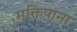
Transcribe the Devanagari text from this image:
मुक्तिपाना